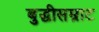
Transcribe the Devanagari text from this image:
बुद्धीसम्राट